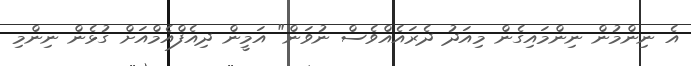
އެ ނިންމުން ނިންމައިގެން މިއަދު ދެރައެއްވެސް ނުވަން" އަމީން ދިއެފްއެމްއަށް ގުޅެން ނިންމި